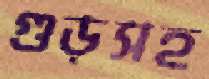
গুড়সহ